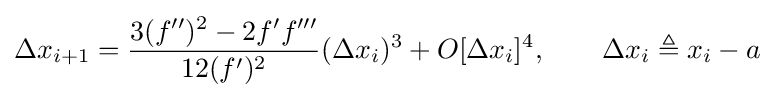
\Delta x_{i+1}={\frac {3(f'')^{2}-2f'f'''}{12(f')^{2}}}(\Delta x_{i})^{3}+O[\Delta x_{i}]^{4},\qquad \Delta x_{i}\triangleq x_{i}-a